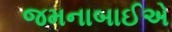
જમનાબાઈએ